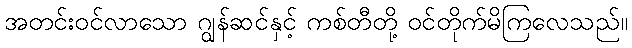
အတင်းဝင်လာသော ဂျွန်ဆင်နှင့် ကစ်တီတို့ ဝင်တိုက်မိကြလေသည်။